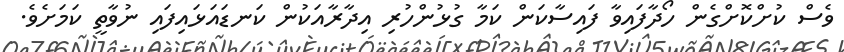
ވެސް ކުށްކޮށްގެން ހޯދާފައިވާ ފައިސާކަން ކަމާ ގުޅުންހުރި އިދާރާއަކުން ކަނޑައަޅައިފައި ނުވާތީ ކަމަށެވެ.